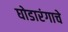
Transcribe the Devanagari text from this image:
घोडारंगाचे